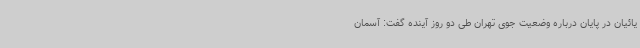
یائیان در پایان درباره وضعیت جوی تهران طی دو روز آینده گفت: آسمان